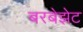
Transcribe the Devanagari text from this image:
बरबेझेट